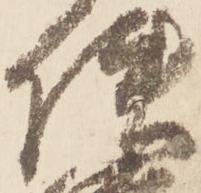
使